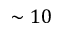
\sim 1 0